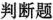
判断题